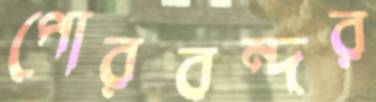
পোরবন্দর